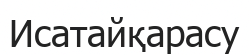
Исатайқарасу